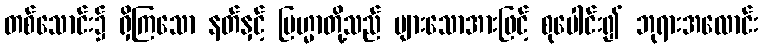
တစ်သောင်း၌ ရှိကြသော နတ်နှင့် ဗြဟ္မာတို့သည် များသောအားဖြင့် စုပေါင်း၍ ဘုရားအလောင်း